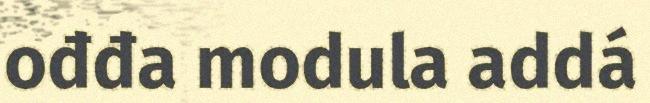
ođđa modula addá